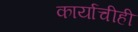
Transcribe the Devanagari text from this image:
कार्याचीही